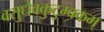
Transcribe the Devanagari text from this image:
वसुधैवकुटुम्बकम्